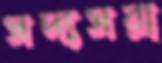
সদ্যসরা